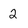
Character: 2